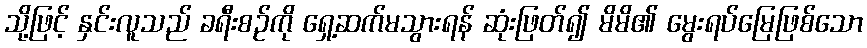
သို့ဖြင့် နှင်းလူသည် ခရီးစဉ်ကို ရှေ့ဆက်မသွားရန် ဆုံးဖြတ်၍ မိမိ၏ မွေးရပ်မြေဖြစ်သော